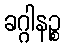
ခဂ္ဂါနဉ္စ